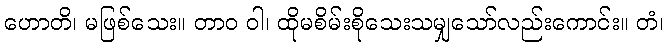
ဟောတိ၊ မဖြစ်သေး။ တာဝ ဝါ၊ ထိုမစိမ်းစိုသေးသမျှသော်လည်းကောင်း။ တံ၊